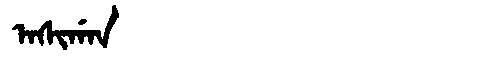
Manchu: ᠠᠰᡳᡤᠠᠨ
Romanization: ASIGAN